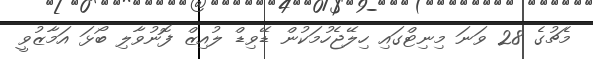
މެޗުގެ 28 ވަނަ މިނިޓްގައި ހިލޭޖެހުމަކުން ޑޭވިޑް ލުއިޒް ފޮނުވާލި ބޯޅަ އަމާޒުވީ